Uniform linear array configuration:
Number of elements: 4
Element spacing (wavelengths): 0.75
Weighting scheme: kaiser
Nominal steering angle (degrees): -45
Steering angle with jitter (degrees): -46.738
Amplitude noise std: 0.05
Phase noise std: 0.05

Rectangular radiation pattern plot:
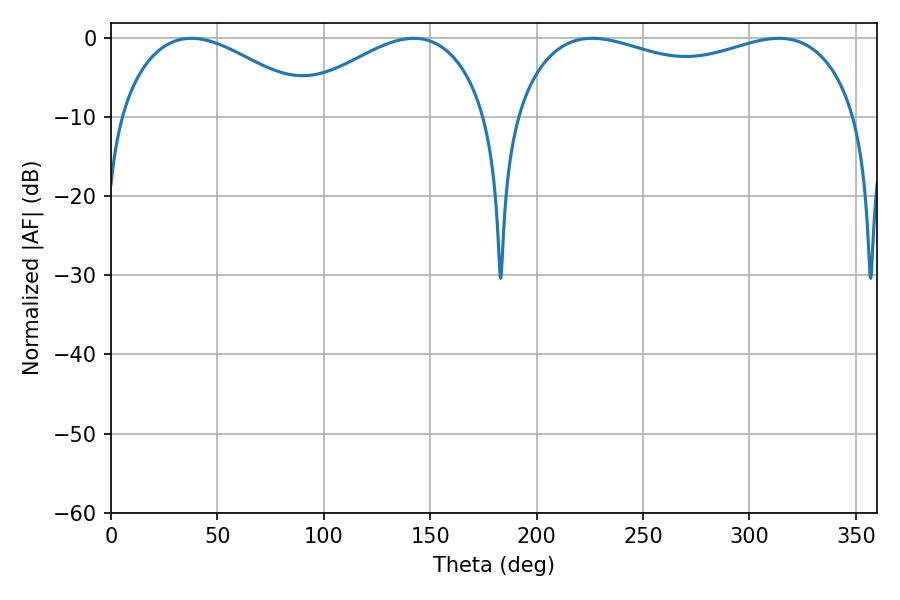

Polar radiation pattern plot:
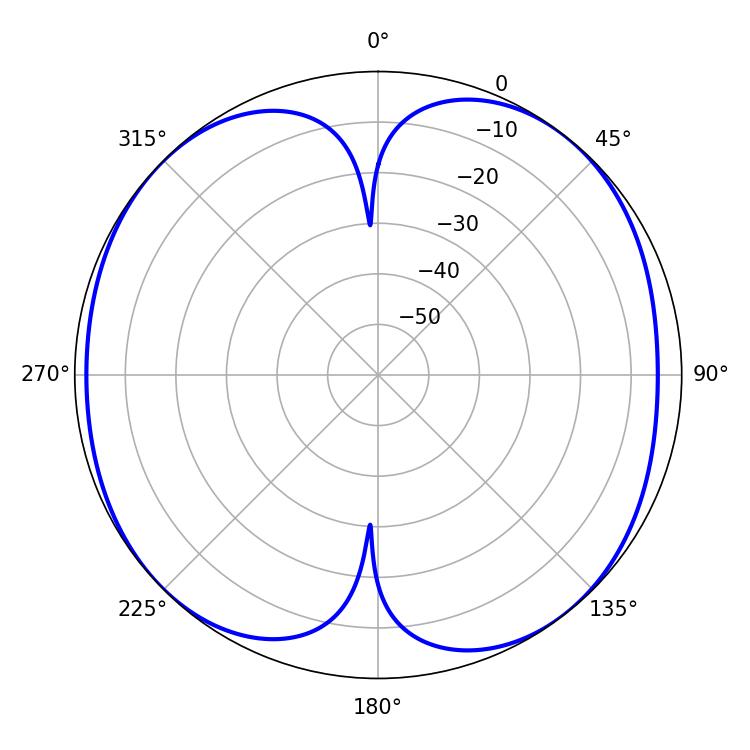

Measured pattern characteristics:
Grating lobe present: TRUE
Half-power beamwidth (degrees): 132.12
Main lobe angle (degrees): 226.26